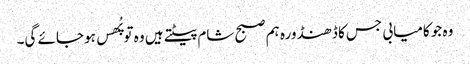
وہ جو کامیابی جس کا ڈھنڈورہ ہم صبح شام پیٹتے ہیں وہ تو پُھس ہوجائے گی۔